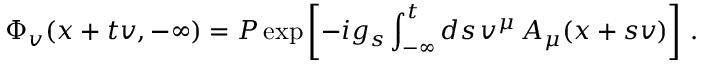
\Phi _ { v } ( x + t v , - \infty ) = P \exp \left[ - i g _ { s } \int _ { - \infty } ^ { t } d s \, v ^ { \mu } \, A _ { \mu } ( x + s v ) \right] \, .